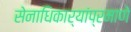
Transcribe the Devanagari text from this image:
सेनाधिकार्‍यांप्रमाणे